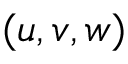
( u , v , w )